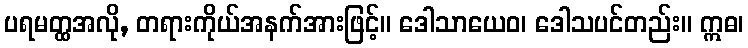
ပရမတ္ထအလို, တရားကိုယ်အနက်အားဖြင့်။ ဒေါသာယေဝ၊ ဒေါသပင်တည်း။ ဣဓ၊